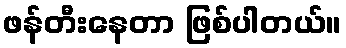
ဖန်တီးနေတာ ဖြစ်ပါတယ်။